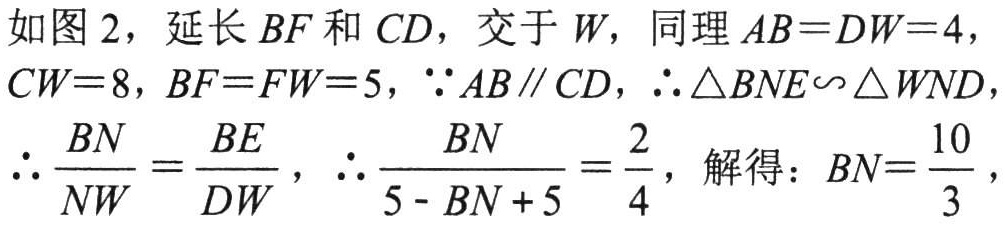
如图 2，延长 \(BF\) 和 \(CD\)，交于 \(W\)，同理 \(AB = DW = 4\)，\(CW = 8\)，\(BF = FW = 5\)，\(\because AB\parallel CD\)，\(\therefore \triangle BNE\sim\triangle WND\)，\(\therefore \frac{BN}{NW}=\frac{BE}{DW}\)，\(\therefore \frac{BN}{5 - BN + 5}=\frac{2}{4}\)，解得：\(BN=\frac{10}{3}\)，